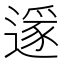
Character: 𨖡